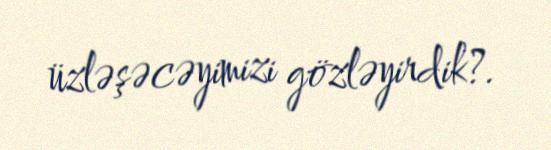
üzləşəcəyimizi gözləyirdik?.